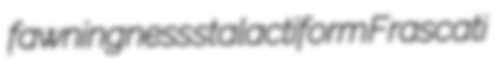
fawningness stalactiform Frascati